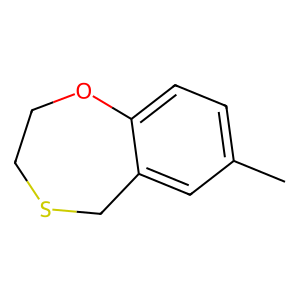
SMILES: Cc1ccc2c(c1)CSCCO2
Inhibits HIV replication: No